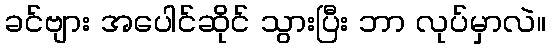
ခင်ဗျား အပေါင်ဆိုင် သွားပြီး ဘာ လုပ်မှာလဲ။